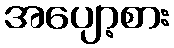
အပျော့စား